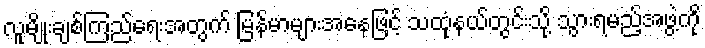
လူမျိုးချစ်ကြည်ရေးအတွက် မြန်မာများအနေဖြင့် သထုံနယ်တွင်းသို့ သွားရမည့်အဖွဲ့ကို